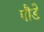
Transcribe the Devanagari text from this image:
पौडे